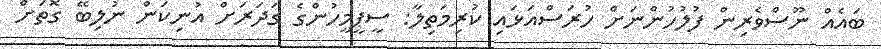
ބައެއް ނޫސްވެރިން ފުލުހުންނަށް ހުރަސްއަޅައި ކުރިމަތިލާ: ސީޕީމީހުންގެ ގަދަރަށް އުނިކަން ނުލިބޭ ގޮތަށް